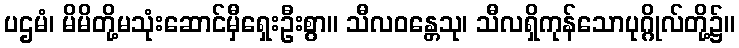
ပဌမံ၊ မိမိတို့မသုံးဆောင်မှီရှေးဦးစွာ။ သီလဝန္တေသု၊ သီလရှိကုန်သောပုဂ္ဂိုလ်တို့၌။